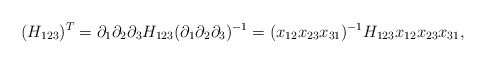
\begin{align*}(H_{123})^T=\partial_1\partial_2\partial_3H_{123}(\partial_1\partial_2\partial_3)^{-1}=(x_{12}x_{23}x_{31})^{-1}H_{123}x_{12}x_{23}x_{31},\end{align*}